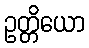
ဥတ္တိယော